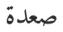
صعدة